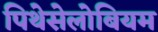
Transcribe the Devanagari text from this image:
पिथेसेलोबियम